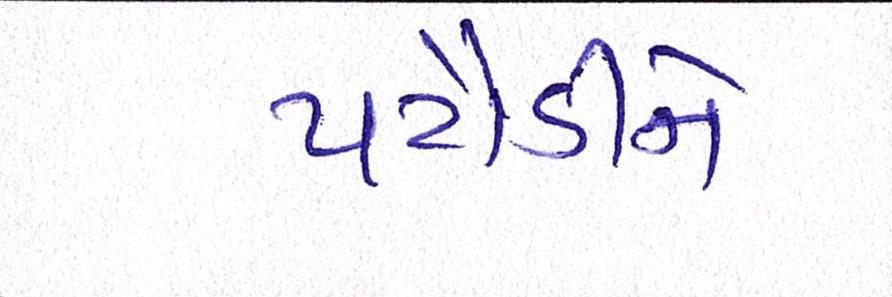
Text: પટૌડીને